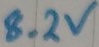
Text: 8.2V